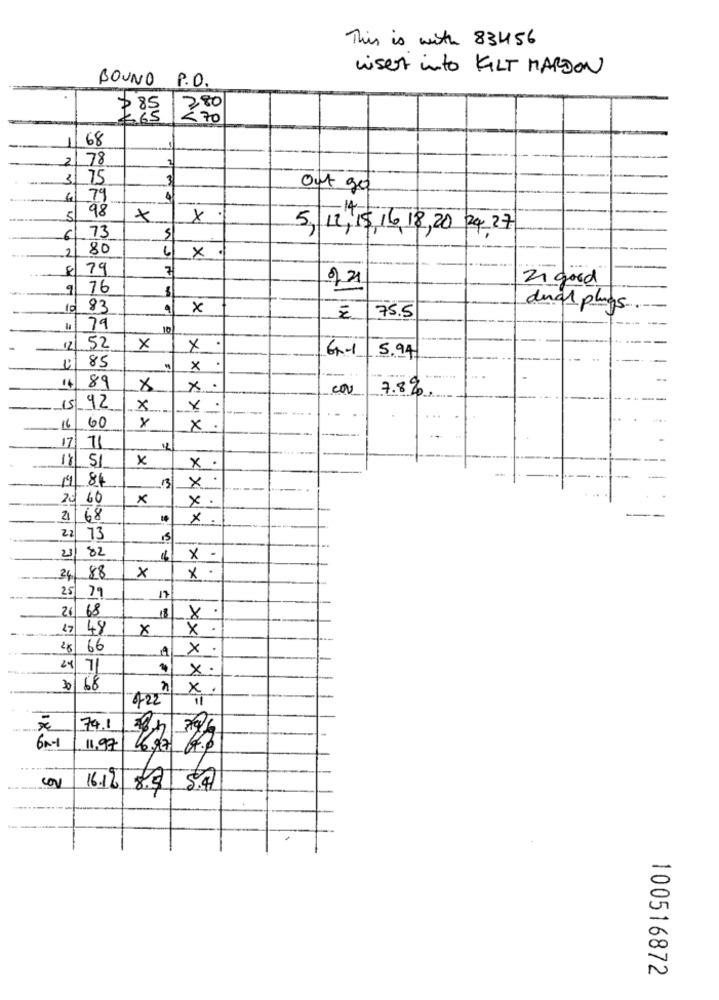
This is with 83456
wisest into KILT MARDON
BOUND P.O.
2.85 70
68
2 78
3 75
Out go
79
98
X
X
6
73
S
2
80
×
8 79
7
21 good
9 76
83
x
IN
175.5
duas plugs
11 79
10
.52
×
X
61-1
5.94
85
x
.
89
X
x
7.8%
-15.
92
x
×
161
60
X .
17 71
18 51
x
x .
19 84
13
×
20 60
x
x
2 68
×
22 73
15
21/82
4
X -
24 88
×
x.
25/ 79
26 68
.
18
17 48
x
x
28 66
x
24/7/
x
168
x.
422
79.1
11,97
CON
16.16 8.3 8.4
100516872